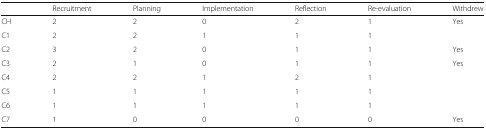
<table><thead><tr><td></td><td><b>Recruitment</b></td><td><b>Planning</b></td><td><b>Implementation</b></td><td><b>Reflection</b></td><td><b>Re-evaluation</b></td><td><b>Withdrew</b></td></tr></thead><tbody><tr><td>CH</td><td>2</td><td>2</td><td>0</td><td>2</td><td>1</td><td>Yes</td></tr><tr><td>C1</td><td>2</td><td>2</td><td>1</td><td>1</td><td>1</td><td></td></tr><tr><td>C2</td><td>3</td><td>2</td><td>0</td><td>1</td><td>1</td><td>Yes</td></tr><tr><td>C3</td><td>2</td><td>1</td><td>0</td><td>1</td><td>1</td><td>Yes</td></tr><tr><td>C4</td><td>2</td><td>2</td><td>1</td><td>2</td><td>1</td><td></td></tr><tr><td>C5</td><td>1</td><td>1</td><td>1</td><td>1</td><td>1</td><td></td></tr><tr><td>C6</td><td>1</td><td>1</td><td>1</td><td>1</td><td>1</td><td></td></tr><tr><td>C7</td><td>1</td><td>0</td><td>0</td><td>0</td><td>0</td><td>Yes</td></tr></tbody></table>